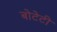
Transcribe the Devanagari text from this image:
बोटेटी